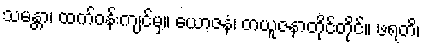
သမန္တာ၊ ထက်ဝန်းကျင်မှ။ ယောဇနံ၊ တယူဇနာတိုင်တိုင်။ ဖရတိ၊